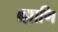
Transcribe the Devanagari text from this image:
ब्र्ह्माणि